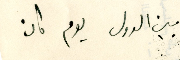
بين الدول يوم كان